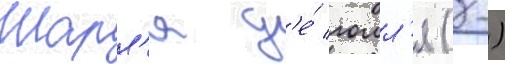
Шарл'я д'е́ голл'я (-)